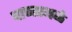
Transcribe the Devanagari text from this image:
पाणस्थळे